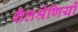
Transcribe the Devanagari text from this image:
शैलश्रेणियों